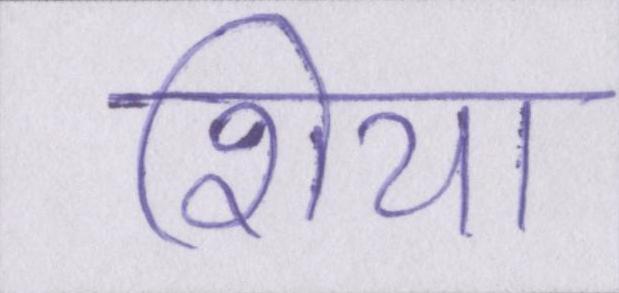
शिया